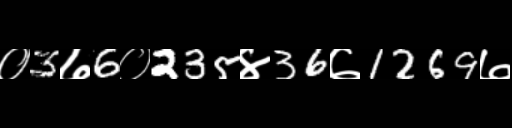
Text: ०3७6०235४36७1269७